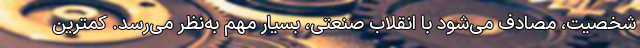
شخصیت، مصادف می‌شود با انقلاب صنعتی، بسیار مهم به‌نظر می‌رسد. کمترین